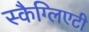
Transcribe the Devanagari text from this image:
स्कैग्लिएटी